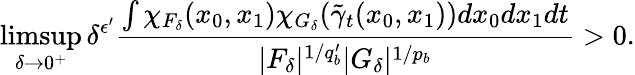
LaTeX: \operatorname*{limsup}_{\delta\rightarrow 0^{+}}\delta^{\epsilon^{\prime}}\frac{\int\chi_{F_{\delta}}(x_{0},x_{1})\chi_{G_{\delta}}(\tilde{\gamma}_{t}(x_{0},x_{1}))dx_{0}dx_{1}dt}{|F_{\delta}|^{1/q_{b}^{\prime}}|G_{\delta}|^{1/p_{b}}}>0.